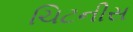
ચિટનીસ